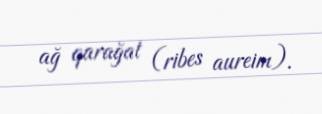
ağ qarağat (ribes aureim).